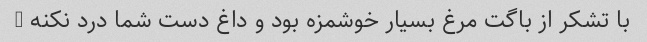
با تشکر از باگت مرغ بسیار خوشمزه بود و داغ دست شما درد نکنه -